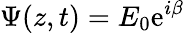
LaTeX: \Psi(z,t)=E_{0}\mathrm{e}^{i\beta}